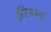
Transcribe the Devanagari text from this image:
इंडियन्स्